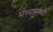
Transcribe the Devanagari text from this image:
मध्यामध्ये